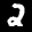
Label: 2